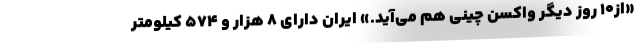
«از۱۰ روز دیگر واکسن چینی هم می‌آید.» ایران دارای ۸ هزار و ۵۷۴ کیلومتر